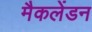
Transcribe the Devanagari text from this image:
मैकलेंडन